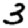
Digit: 3